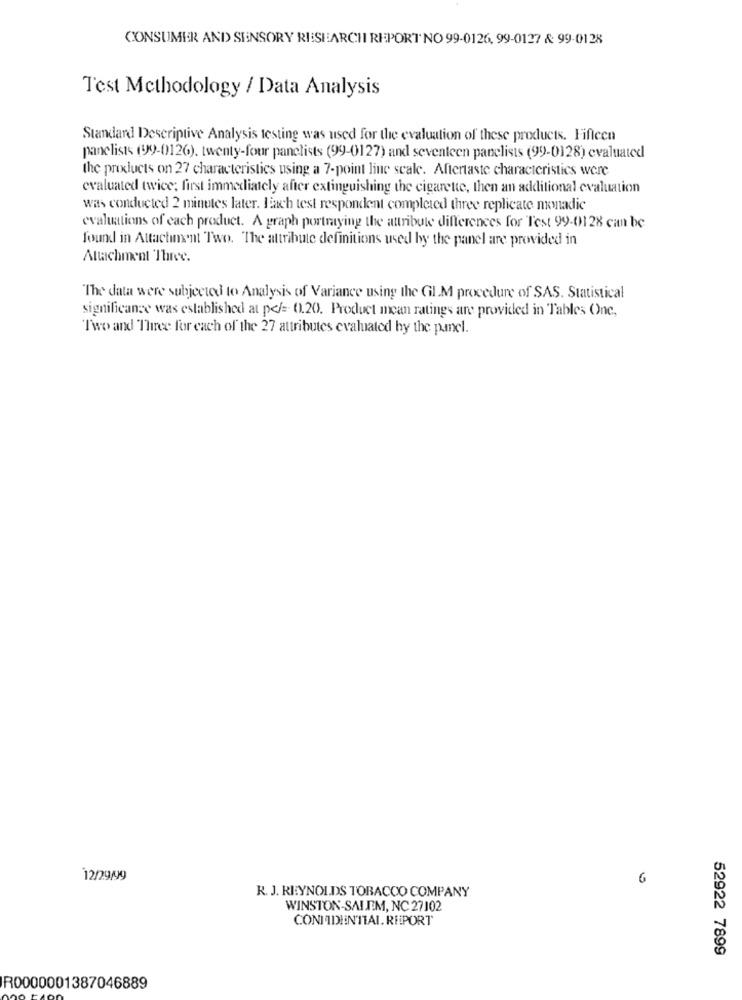
CONSUMER AND SENSORY RESEARCH REPORT NO 99-0126, 99-0127 & 99-0128
Test Methodology / Data Analysis
Standard Descriptive Analysis testing was used for the evaluation of these products. Fifteen
panelists (99-0126). twenty-four panelists (99-0127) and seventeen panelists (99)-0128) evaluated
the products on 27 characteristics using a 7-point line scale. Aftertaste characteristics were
evaluated twice; first immediately after extinguishing the cigarette, then an additional evaluation
was conducted 2 minutes later. Each test respondent completed three replicate monadic
evaluations of each product. A graph portraying the attribute differences for Test 99-0128 can be
found in Attachment Two. The attribute definitions used by the panel are provided in
Attachment Three.
"The data were subjected to Analysis of Variance using the Gil M procedure of SAS. Statistical
significance was established at p</= 0.20. Product mean ratings are provided in Tables One,
Two and Three for each of the 27 attributes evaluated hy the panel.
12/29/99
6
R. J. REYNOLDS TOBACCO COMPANY
WINSTON-SALEM, NC 27102
CONFIDENTIAL. REPORT
52922 7899
R0000001387046889